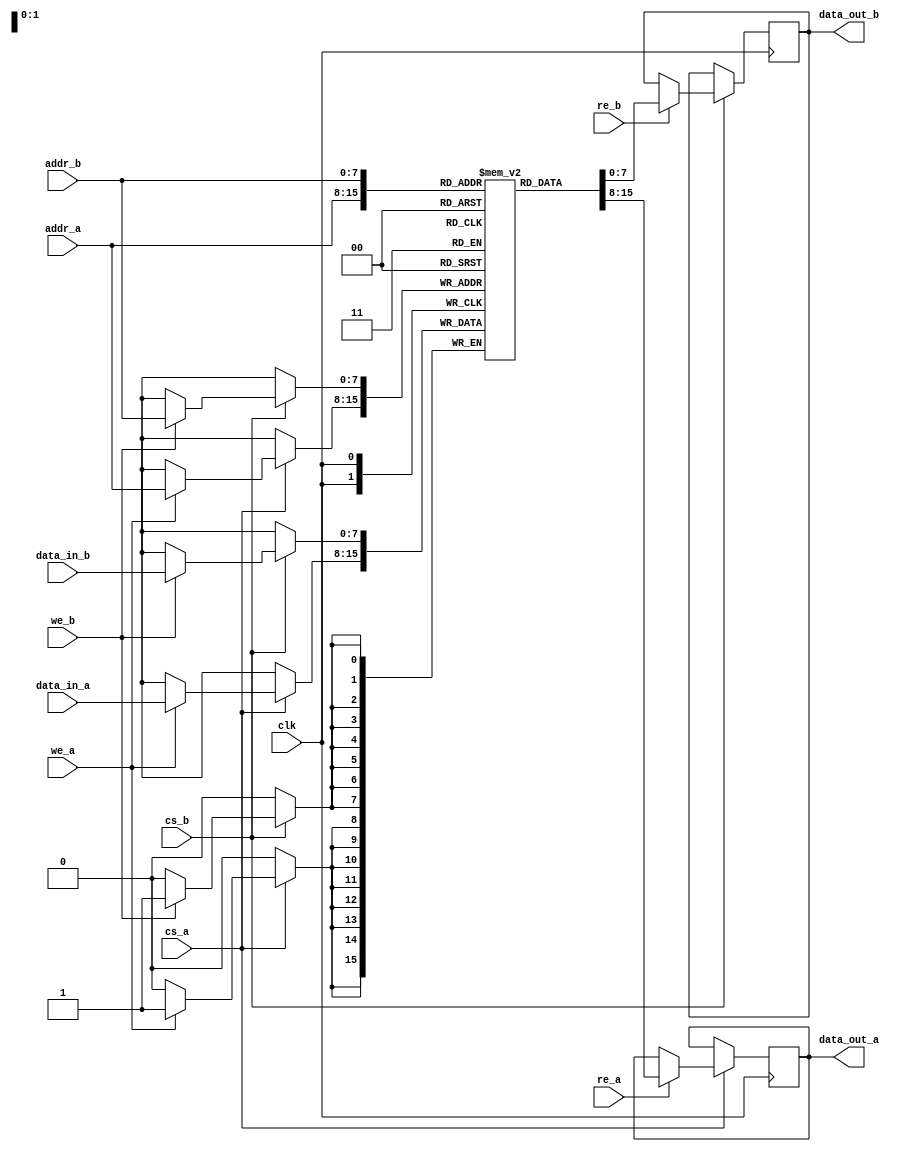
module dual_port_ram #(
    parameter DATA_WIDTH = 8,  // Width of the data
    parameter ADDR_WIDTH = 8   // Width of the address
)(
    input wire clk,             // Clock signal
    input wire cs_a,           // Chip select for Port A
    input wire we_a,           // Write enable for Port A
    input wire re_a,           // Read enable for Port A
    input wire [ADDR_WIDTH-1:0] addr_a, // Address for Port A
    input wire [DATA_WIDTH-1:0] data_in_a, // Data input for Port A
    output reg [DATA_WIDTH-1:0] data_out_a, // Data output for Port A

    input wire cs_b,           // Chip select for Port B
    input wire we_b,           // Write enable for Port B
    input wire re_b,           // Read enable for Port B
    input wire [ADDR_WIDTH-1:0] addr_b, // Address for Port B
    input wire [DATA_WIDTH-1:0] data_in_b, // Data input for Port B
    output reg [DATA_WIDTH-1:0] data_out_b  // Data output for Port B
);

    // Memory array
    reg [DATA_WIDTH-1:0] ram [(2**ADDR_WIDTH)-1:0];

    // Port A operations
    always @(posedge clk) begin
        if (cs_a) begin
            if (we_a) begin
                ram[addr_a] <= data_in_a; // Write data to RAM
            end
            if (re_a) begin
                data_out_a <= ram[addr_a]; // Read data from RAM
            end
        end
    end

    // Port B operations
    always @(posedge clk) begin
        if (cs_b) begin
            if (we_b) begin
                ram[addr_b] <= data_in_b; // Write data to RAM
            end
            if (re_b) begin
                data_out_b <= ram[addr_b]; // Read data from RAM
            end
        end
    end

endmodule